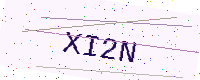
Text: XI2N